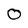
Character: O